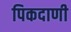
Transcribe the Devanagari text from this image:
पिकदाणी